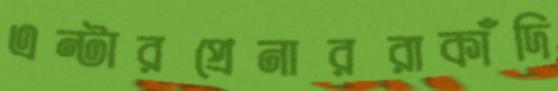
এন্টারপ্রেনাররাকাঁদি